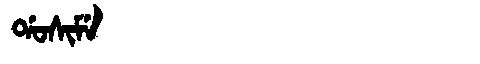
Manchu: ᡩᠣᠰᡳᠮᡝ
Romanization: DOSIME